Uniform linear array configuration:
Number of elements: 64
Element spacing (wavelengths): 0.25
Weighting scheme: kaiser
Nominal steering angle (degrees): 60
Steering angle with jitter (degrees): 61.669
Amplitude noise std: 0.05
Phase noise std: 0.05

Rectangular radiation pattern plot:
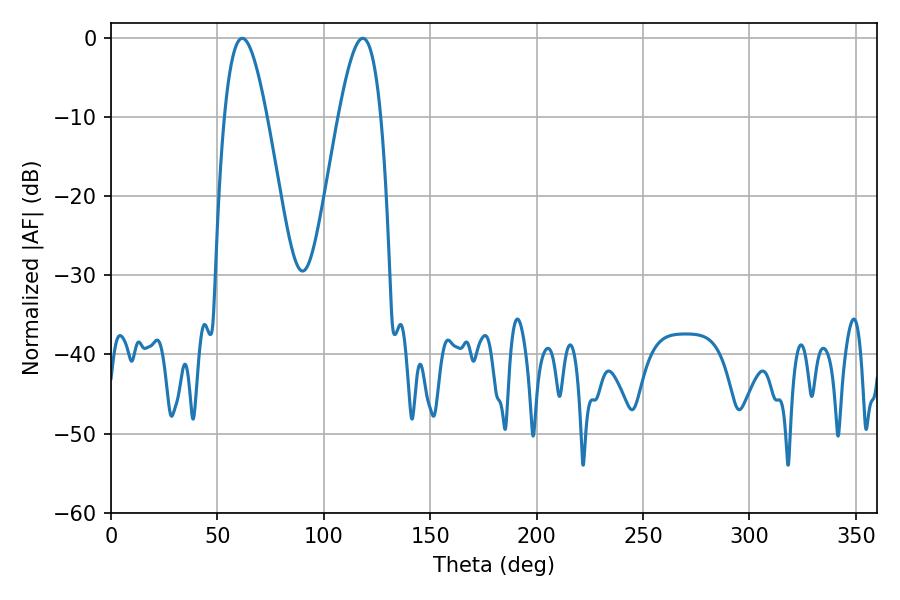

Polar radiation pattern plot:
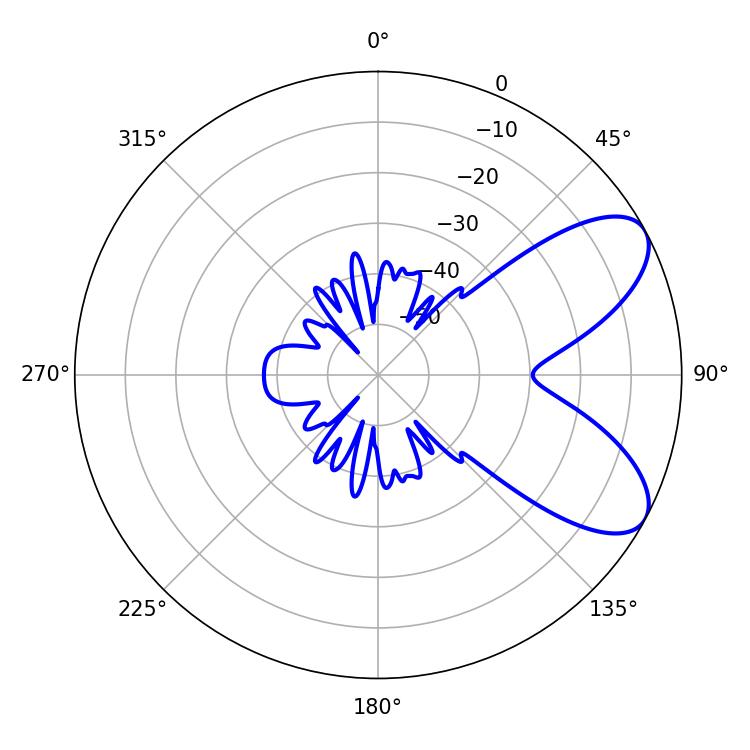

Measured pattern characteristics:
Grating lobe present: FALSE
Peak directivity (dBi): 7.407
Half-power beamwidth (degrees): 10.8
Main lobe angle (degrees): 61.74